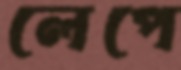
লেপে